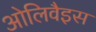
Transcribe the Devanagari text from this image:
ओलिवैइस